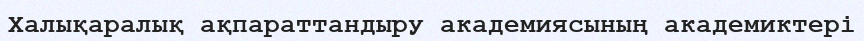
Халықаралық ақпараттандыру академиясының академиктері